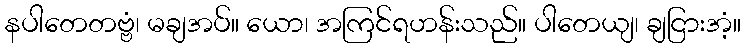
နပါတေတဗ္ဗံ၊ မချအပ်။ ယော၊ အကြင်ရဟန်းသည်။ ပါတေယျ၊ ချငြားအံ့။